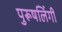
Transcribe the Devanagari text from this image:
पुरूषलिंगी